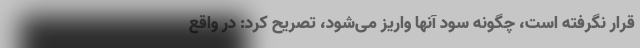
قرار نگرفته است، چگونه سود آنها واریز می‌شود، تصریح کرد: ‌در واقع